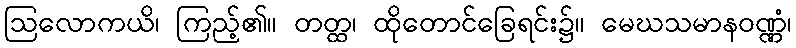
ဩလောကယိ၊ ကြည့်၏။ တတ္ထ၊ ထိုတောင်ခြေရင်း၌။ မေဃသမာနဝဏ္ဏံ၊